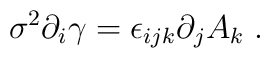
\sigma ^{2}\partial _{i}\gamma =\epsilon _{ijk}\partial _{j}A_{k}\;.